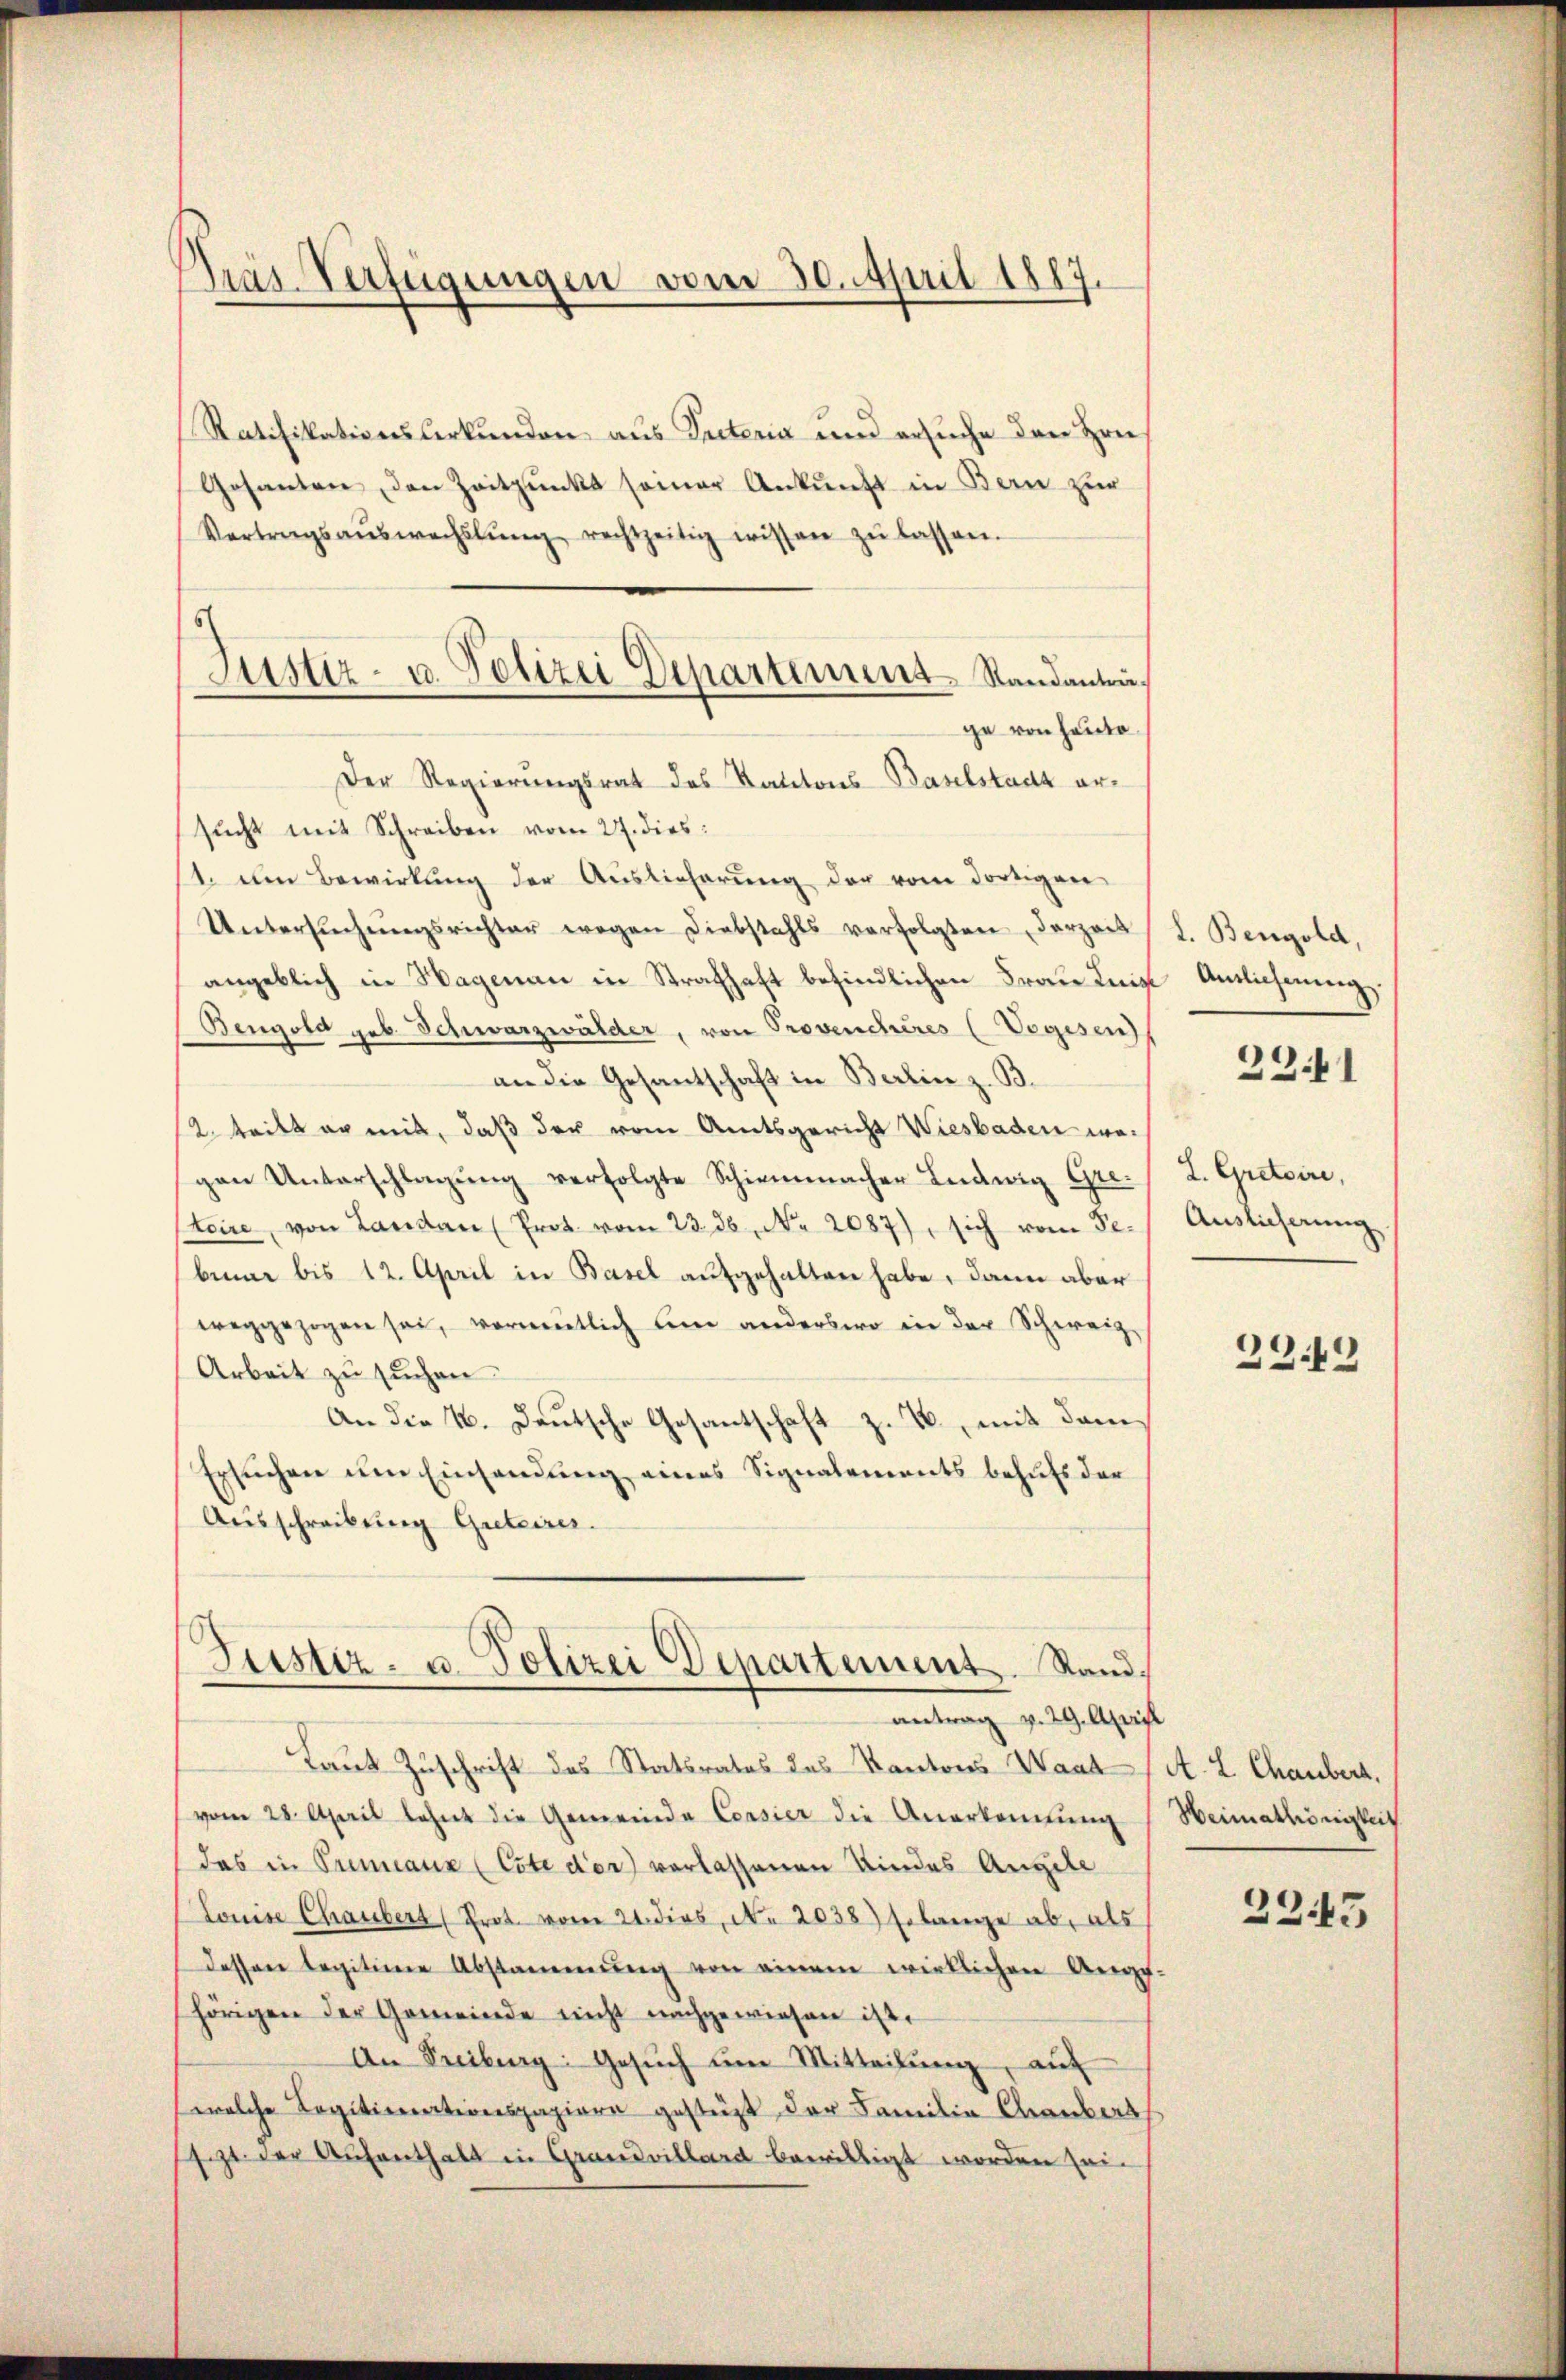
Präs. Verfügungen vom 30. April 1887.

Justiz- u. Polizei Departement Standanträ¬

Ratifikationslerkunden aus Peteria und ersuche den Preis
Gosanten, den Zeitpunkt seiner Ankunft in Bern zur
Vertragsauswechslung rechtzeitig wissen zŭ lassen.
ge von heute.
Der Regierungsrat des Kattons Baselstadt ersucht mit Schreiben vom 27. dies:
11. Am Bewirkung der Auslieferung der vom dortigen
Untersŭchŭngsrichter wegen Diebstahls verfolgten derzen L. Bengold,
angeblich in Hagenan in Strafhaft befindlichen Frau Innige Antlichnung.
Bengold geb. Schwarzwälder, von Provenchères (Vogesen)
an die Gesantschaft in Berlin z. B.
2. tritt er mit, daß der vom Amtsgericht Wiesbaden wogen Unterschlagung verfolgte Schirmmacher Ludwig Gre. L. Gretoire,
steire, von Landau (Prot vom 23. 26. No. 2087), sich von Se. Auslieferung
bine bis 12. April in Basel aufgehalten habe, dann aber
weggezogen sei, vormutlich um anderswo in der Schweiz,
Arbeit zu suchen.
An die 4. Deutsche Gesantschaft z. B., mit dem
Ersuchen um Einsendung eines Signalements behufs der
Ausschreibung Greteirer.
Justiz- u. Polizei Departement. Sandantrag v. 29. April
Laut Zuschrift des Statsrates des Kantons Waad/A. L. Chaubert.
vom 28. April lehnt die Gemeinde Consier die Anerkennung (Weimathörigkeit
das in Premiaux (Cote der verlassenen Kindes Angele
Louise Chaubers (Prot. vom 21. dies, No 2038) Erlange ab, als
dessen legitime Abstammung von einem wirklichen Ange-
hörigen der Gemeinde nicht nachgewiesen ist.
An Freiburg: Gesŭch ŭm Mitteilŭng aŭf
welche Sagitimationspapiere gestüzt der Familie Chaubers
sezt der Aufenthalt in Grandvillard bewilligt worden sein

2341

2349

2345